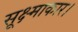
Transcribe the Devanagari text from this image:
सूक्ष्माकार।